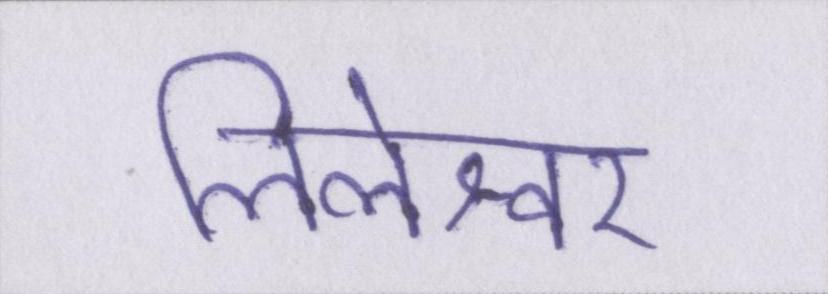
लिलेश्वर